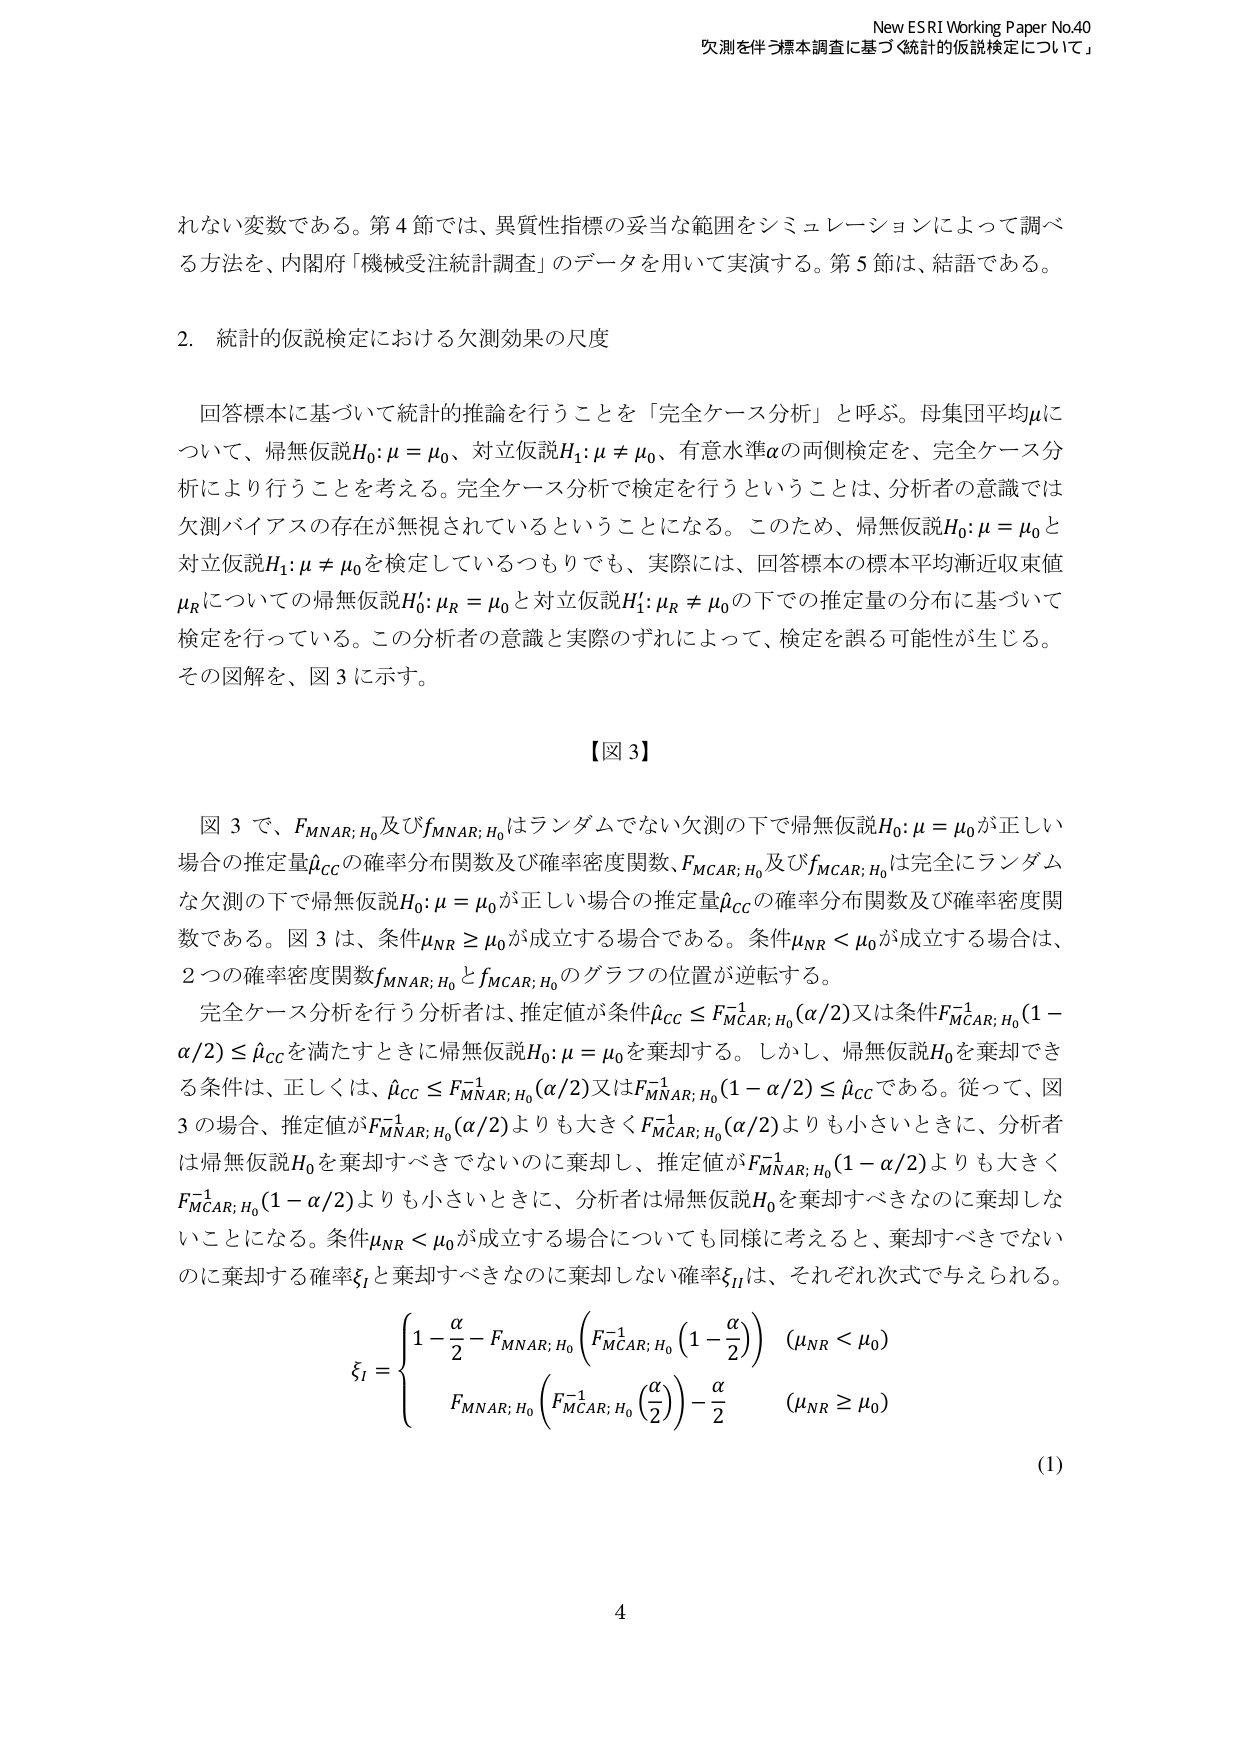
れない変数である。第4節では、異質性指標の妥当な範囲をシミュレーションによって調べる方法を、内閣府「機械受注統計調査」のデータを用いて実演する。第5節は、結語である。

2. 統計的仮説検定における欠測効果の尺度

回答標本に基づいて統計的推論を行うことを「完全ケース分析」と呼ぶ。母集団平均μについて、帰無仮説H₀: μ = μ₀、対立仮説H₁: μ ≠ μ₀、有意水準αの両側検定を、完全ケース分析により行うことを考える。完全ケース分析で検定を行うということは、分析者の意識では欠測バイアスの存在が無視されているということになる。このため、帰無仮説H₀: μ = μ₀と対立仮説H₁: μ ≠ μ₀を検定しているつもりでも、実際には、回答標本の標本平均漸近収束値μ_Rについての帰無仮説H₀': μ_R = μ₀と対立仮説H₁': μ_R ≠ μ₀の下での推定量の分布に基づいて検定を行っている。この分析者の意識と実際のずれによって、検定を誤る可能性が生じる。その図解を、図3に示す。

【図3】

図3で、F_{MNAR; H₀}及びf_{MNAR; H₀}はランダムでない欠測の下で帰無仮説H₀: μ = μ₀が正しい場合の推定量μ̂_{CC}の確率分布関数及び確率密度関数、F_{MCAR; H₀}及びf_{MCAR; H₀}は完全にランダムな欠測の下で帰無仮説H₀: μ = μ₀が正しい場合の推定量μ̂_{CC}の確率分布関数及び確率密度関数である。図3は、条件μ_{NR} ≥ μ₀が成立する場合である。条件μ_{NR} < μ₀が成立する場合は、2つの確率密度関数f_{MNAR; H₀}とf_{MCAR; H₀}のグラフの位置が逆転する。

完全ケース分析を行う分析者は、推定値が条件μ̂_{CC} ≤ F^{-1}_{MCAR; H₀}(α/2)又は条件F^{-1}_{MCAR; H₀}(1 - α/2) ≤ μ̂_{CC}を満たすときに帰無仮説H₀: μ = μ₀を棄却する。しかし、帰無仮説H₀を棄却できる条件は、正しくは、μ̂_{CC} ≤ F^{-1}_{MNAR; H₀}(α/2)又はF^{-1}_{MNAR; H₀}(1 - α/2) ≤ μ̂_{CC}である。従って、図3の場合、推定値がF^{-1}_{MNAR; H₀}(α/2)よりも大きくF^{-1}_{MCAR; H₀}(α/2)よりも小さいときに、分析者は帰無仮説H₀を棄却すべきでないのに棄却し、推定値がF^{-1}_{MNAR; H₀}(1 - α/2)よりも大きくF^{-1}_{MCAR; H₀}(1 - α/2)よりも小さいときに、分析者は帰無仮説H₀を棄却すべきなのに棄却しないことになる。条件μ_{NR} < μ₀が成立する場合についても同様に考えると、棄却すべきでないのに棄却する確率ξ_Iと棄却すべきなのに棄却しない確率ξ_{II}は、それぞれ次式で与えられる。

ξ_I =
{
  1 - α/2 - F_{MNAR; H₀}(F^{-1}_{MCAR; H₀}(1 - α/2))   (μ_{NR} < μ₀)
  F_{MNAR; H₀}(F^{-1}_{MCAR; H₀}(α/2)) - α/2        (μ_{NR} ≥ μ₀)
}

(1)

New ESRI Working Paper No.40
欠測を伴う標本調査に基づく「統計的仮説検定について」

4